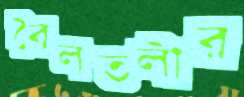
বৈলতলীর